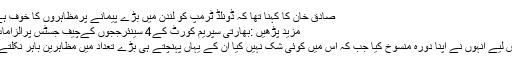
صادق خان کا کہنا تھا کہ ڈونلڈ ٹرمپ کو لندن میں بڑے پیمانے پرمظاہروں کا خوف ہے
مزید پڑھیں :بھارتی سپریم کورٹ کے4 سینئرججوں کےچیف جسٹس پرالزامات
اس لیے انہوں نے اپنا دورہ منسوخ کیا جب کہ اس میں کوئی شک نہیں کیا ان کے یہاں پہنچتے ہی بڑے تعداد میں مظاہرین باہر نکلتے ۔